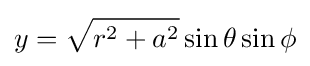
y={\sqrt {r^{2}+a^{2}}}\sin \theta \sin \phi